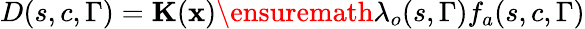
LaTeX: D(s,c,\Gamma)={\mathbf K}(\mathbf{x})\ensuremath{\lambda}_{o}(s,\Gamma)f_{a}(s,c,\Gamma)